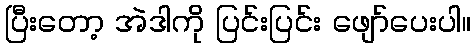
ပြီးတော့ အဲဒါကို ပြင်းပြင်း ဖျော်ပေးပါ။